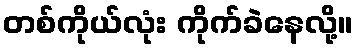
တစ်ကိုယ်လုံး ကိုက်ခဲနေလို့။